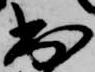
出